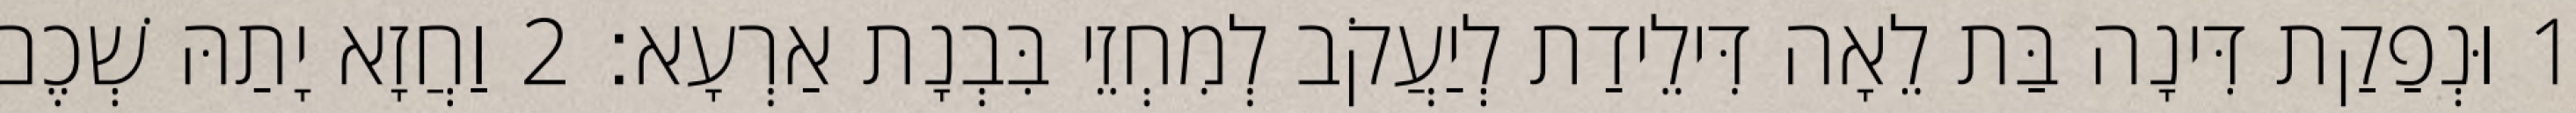
1 וּנְפַקַת דִּינָה בַּת לֵאָה דִּילֵידַת לְיַעֲקֹב לְמִחְזֵי בִּבְנָת אַרְעָא׃ 2 וַחֲזָא יָתַהּ שְׁכֶם